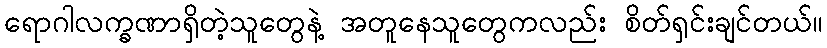
ရောဂါလက္ခဏာရှိတဲ့သူတွေနဲ့ အတူနေသူတွေကလည်း စိတ်ရှင်းချင်တယ်။